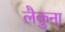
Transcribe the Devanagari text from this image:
लैकुना